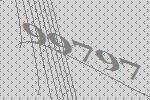
99797